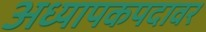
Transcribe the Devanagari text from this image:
अध्यापकपदावर